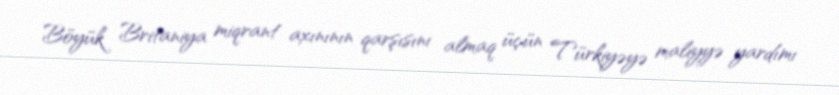
Böyük Britaniya miqrant axınının qarşısını almaq üçün Türkiyəyə maliyyə yardımı